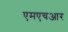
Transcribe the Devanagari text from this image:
एमएचआर